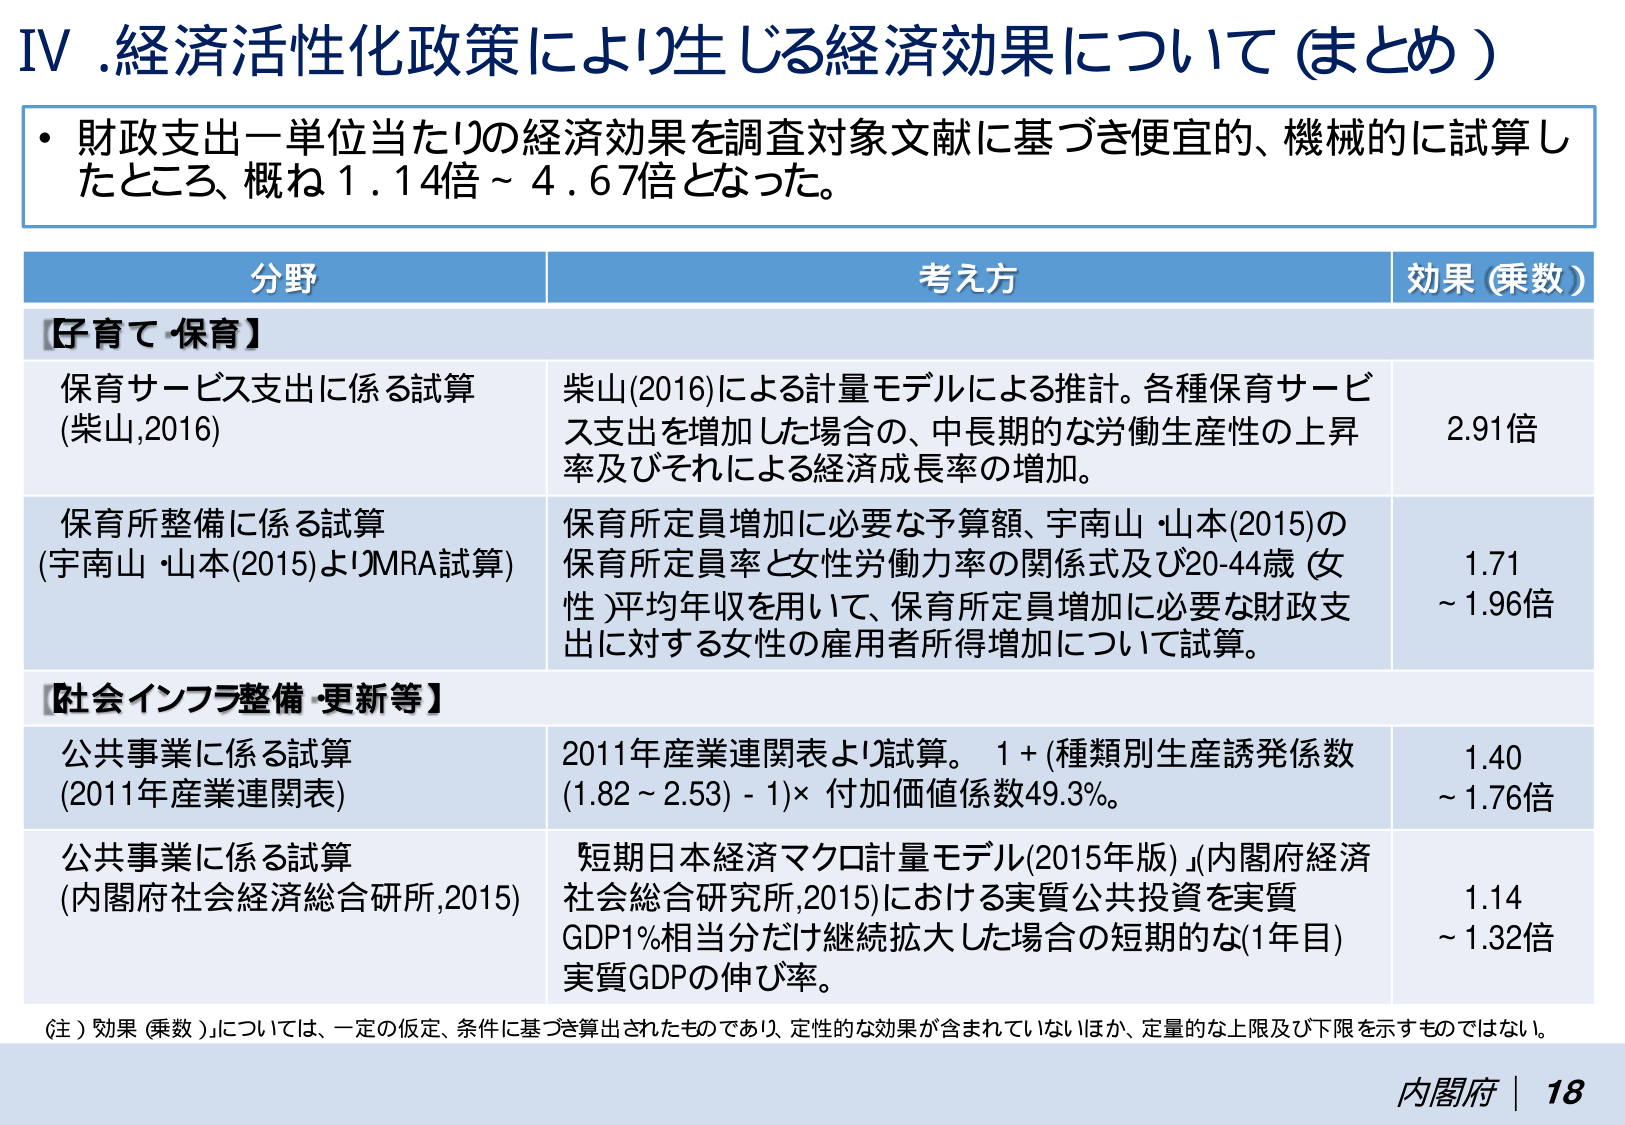
IV. 経済活性化政策により生じる経済効果について（まとめ）

・財政支出一単位当たりの経済効果を調査対象文献に基づき便宜的、機械的に試算したところ、概ね1.14倍～4.67倍となった。

分野